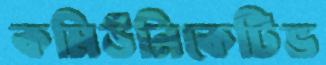
কমিউনিকেটিভ